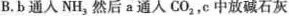
B.b通人NH_{3}然后a通人CO_{2}，中放碱石灰